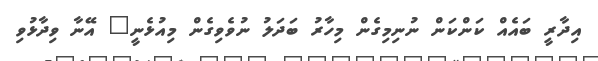
އިދާރީ ބައެއް ކަންކަން ނުނިމިގެން މިހާރު ބަދަލު ނުވެވިގެން މިއުޅެނީ" އޭނާ ވިދާޅުވި